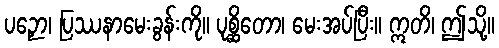
ပဉှော၊ ပြဿနာမေးခွန်းကို။ ပုစ္ဆိတော၊ မေးအပ်ပြီး။ ဣတိ၊ ဤသို့။